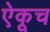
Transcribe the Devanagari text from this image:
ऐकूच